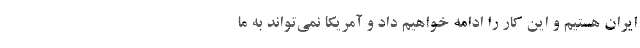
ایران هستیم و این کار را ادامه خواهیم داد و آمریکا نمی‌تواند به ما